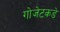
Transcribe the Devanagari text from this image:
गोजेटकडे